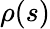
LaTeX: \rho(s)